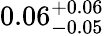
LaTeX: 0.06_{-0.05}^{+0.06}